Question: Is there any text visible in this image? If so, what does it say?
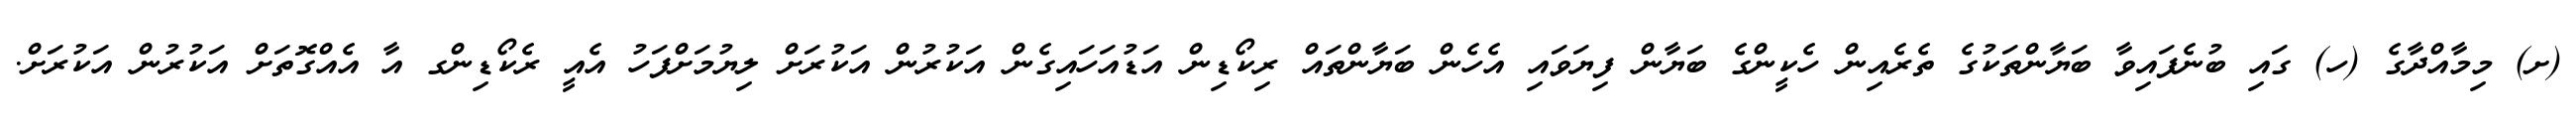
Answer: (ށ) މިމާއްދާގެ (ހ) ގައި ބުނެފައިވާ ބަޔާންތަކުގެ ތެރެއިން ހެކީންގެ ބަޔާން ފިޔަވައި އެހެން ބަޔާންތައް ރިކޯޑިން އަޑުއަހައިގެން އަކުރުން އަކުރަށް ލިޔުމަށްފަހު އެއީ ރެކޯޑިންގ އާ އެއްގޮތަށް އަކުރުން އަކުރަށް.